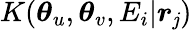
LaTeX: K(\boldsymbol{\theta}_{u},\boldsymbol{\theta}_{v},E_{i}|\boldsymbol{r}_{\mathit{j}})